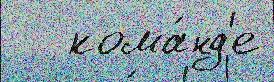
   кома́нд'е